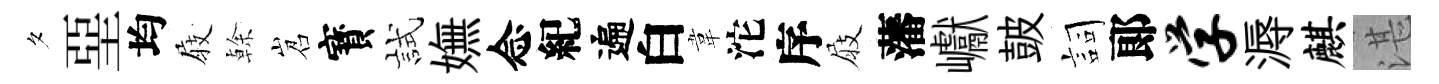
夕堊均𡲆𠏉岧寳試嫵念紀遍白韋沱序屐藩巘皷詞郞学溽麒湛